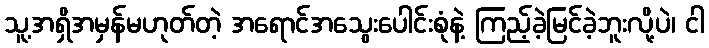
သူ့အရှိအမှန်မဟုတ်တဲ့ အရောင်အသွေးပေါင်းစုံနဲ့ ကြည့်ခဲ့မြင်ခဲ့ဘူးလို့ပဲ၊ ငါ